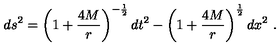
d s ^ { 2 } = \left( 1 + { \frac { 4 M } { r } } \right) ^ { - { \frac { 1 } { 2 } } } d t ^ { 2 } - \left( 1 + { \frac { 4 M } { r } } \right) ^ { \frac { 1 } { 2 } } d x ^ { 2 } \ .